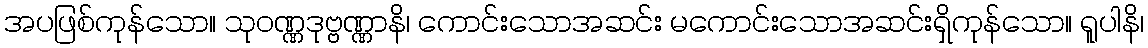
အပဖြစ်ကုန်သော။ သုဝဏ္ဏဒုဗ္ဗဏ္ဏာနိ၊ ကောင်းသောအဆင်း မကောင်းသောအဆင်းရှိကုန်သော။ ရူပါနိ၊